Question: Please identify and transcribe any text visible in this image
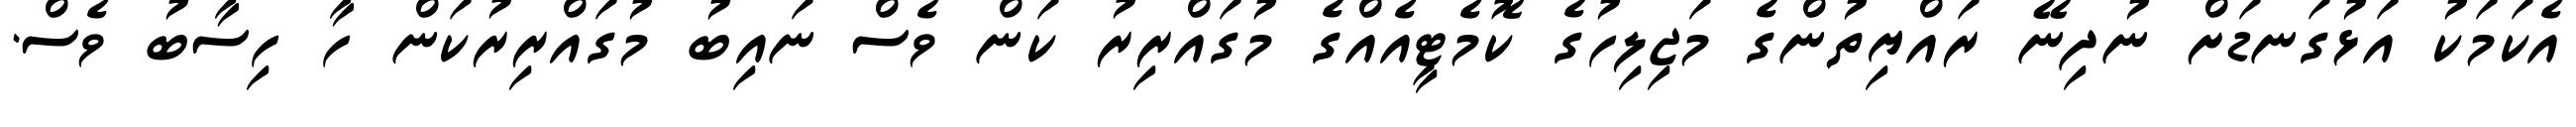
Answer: އެކަމަކު އަޅުގަނޑަށް ނުދިނޭ ރައްޔިތުންގެ މަޖިލިހުގެ ކޮމެޓީއެއްގެ މުގައްރިރު ކަން ވެސް ނައިބު މުގައްރިރުކަން ހާ ހިސާބު ވެސް.